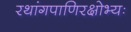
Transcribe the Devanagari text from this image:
रथांगपाणिरक्षोभ्यः